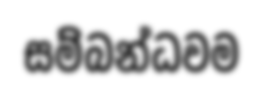
සම්බන්ධවම